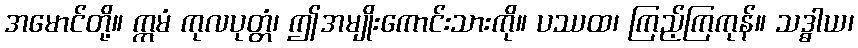
အမောင်တို့။ ဣမံ ကုလပုတ္တံ၊ ဤအမျိုးကောင်းသားကို။ ပဿထ၊ ကြည့်ကြကုန်။ သဒ္ဓါယ၊